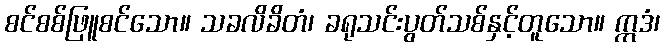
စင်စစ်ဖြူစင်သော။ သခလိခိတံ၊ ခရုသင်းပွတ်သစ်နှင့်တူသော။ ဣဒံ၊